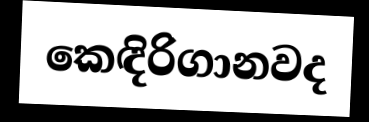
කෙඳිරිගානවද